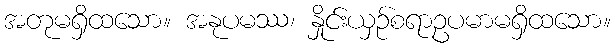
အတုမရှိထသော။ အနုပမဿ၊ နှိုင်းယှဉ်စရာဥပမာမရှိထသော။